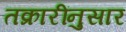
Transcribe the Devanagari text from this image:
तक्रारींनुसार